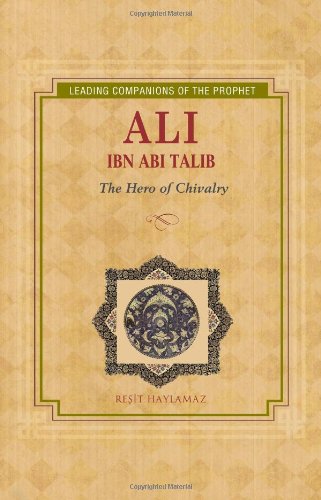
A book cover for Ali Ibn Abi Talib: The Hero of Chivalry  (Leading Companions of the Prophet); Resit Haylamaz; Children's Books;